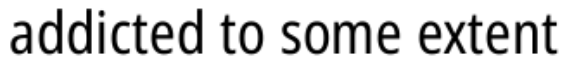
addicted to some extent